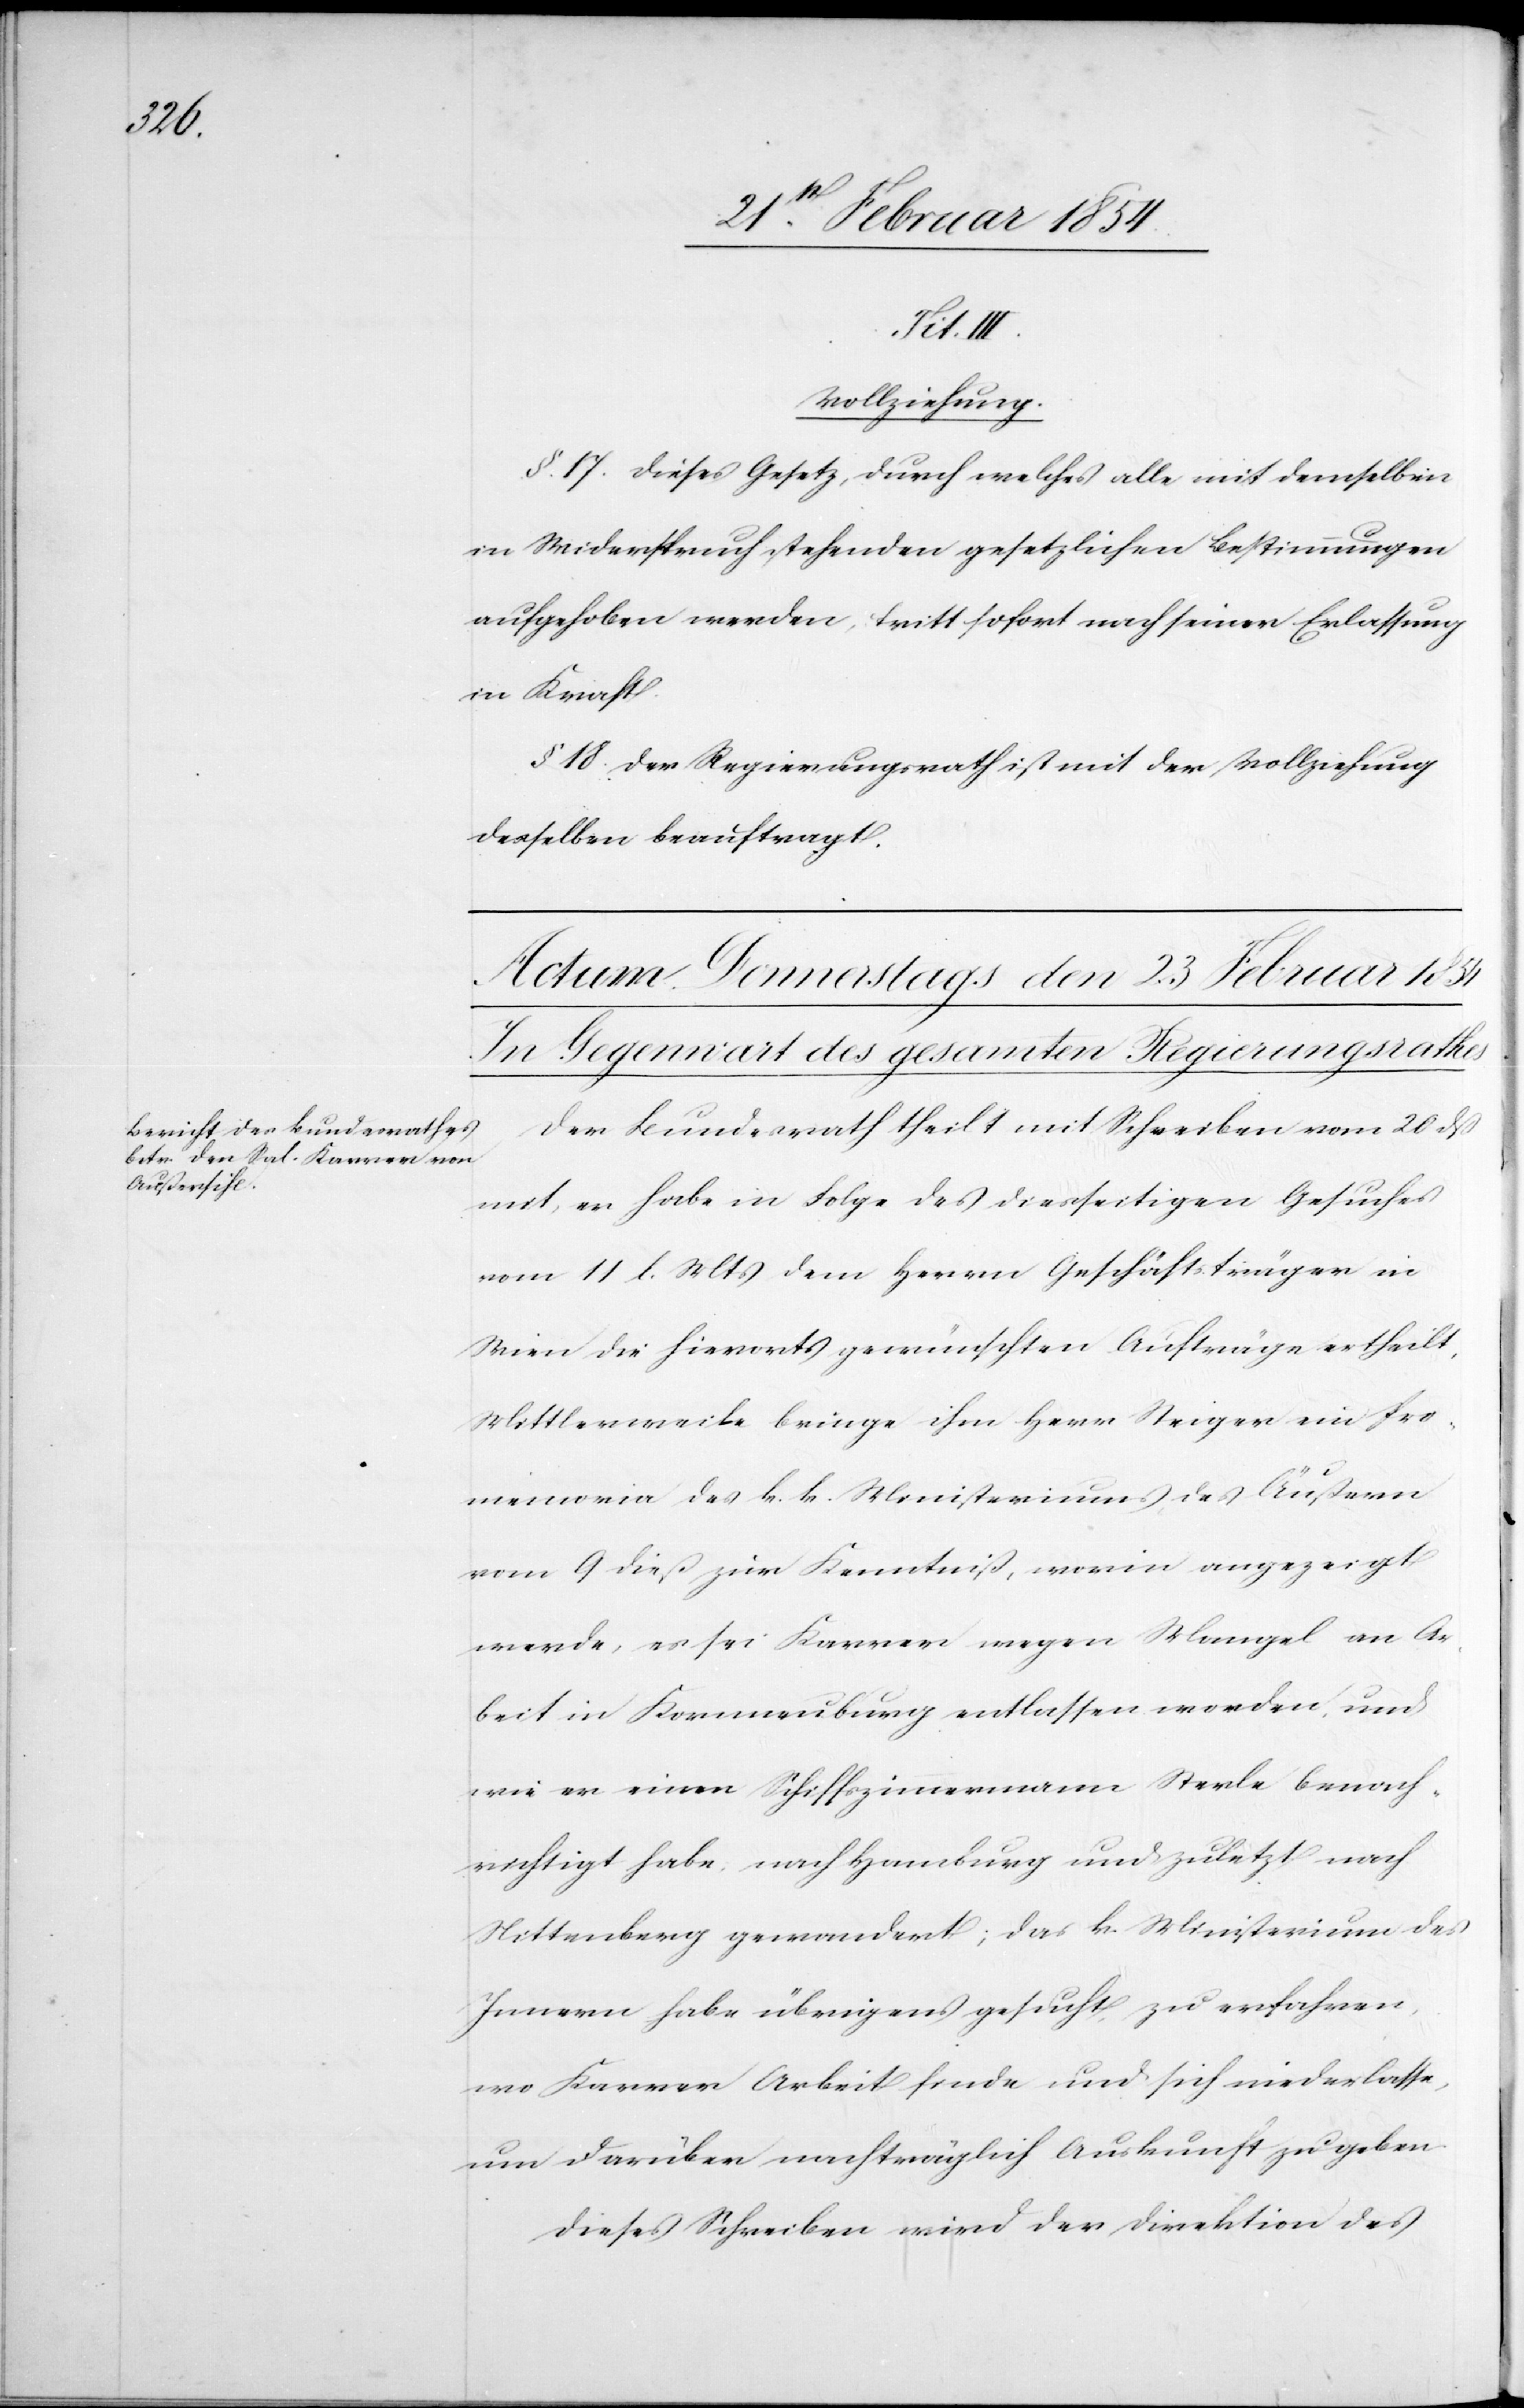
III.

Vollziehung.
§. 17. Dieses Gesetz, durch welches alle mit demselben
in Widerspruch stehenden gesetzlichen Bestimmungen
aufgehoben werden, tritt sofort nach seiner Erlassung
in Kraft.
§ 18. Der Regierungsrath ist mit der Vollziehung
desselben beauftragt.
Der Bundesrath theilt mit Schreiben vom 20 dß
mit, er habe in Folge des diesseitigen Gesuches
vom 11 l. Mts dem Herrn Geschäftsträger in
Wien die hierorts gewünschten Aufträge ertheilt.
Mittlerweile bringe ihm Herr Steiger ein Pro¬
memoria des k. k. Ministeriums des Äußern
vom 9 dieß zur Kenntniß, worin angezeigt
werde, es sei Karrer wegen Mangel an Ar¬
beit in Kornnenburg entlassen worden, und
wie er einen Schiffszimmermann Sterle benach¬
richtigt habe, nach Hamburg und zuletzt nach
Nittenberg gewandert; das k. Ministerium des
Innern habe übrigens gesucht, zu erfahren,
wo Karrer Arbeit finde und sich niederlassen
um darüber nachträglich Auskunft zu geben.
Dieses Schreiben wird der Direktion des